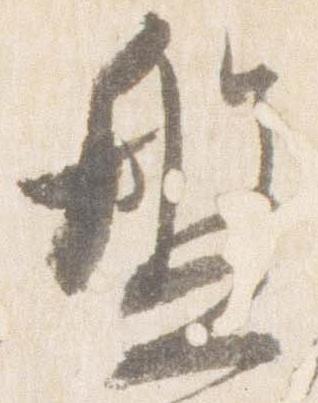
盤